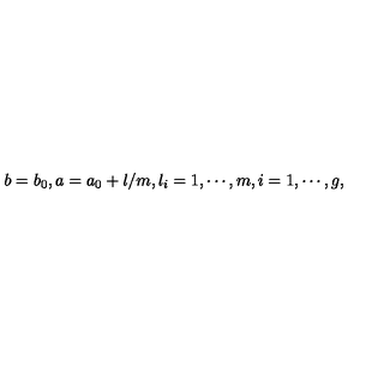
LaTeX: b = b _ { 0 } , a = a _ { 0 } + l / m , l _ { i } = 1 , \cdots , m , i = 1 , \cdots , g ,